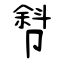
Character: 厁